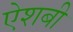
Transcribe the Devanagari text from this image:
ऐशबी